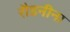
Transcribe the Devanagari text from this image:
रौडनीना